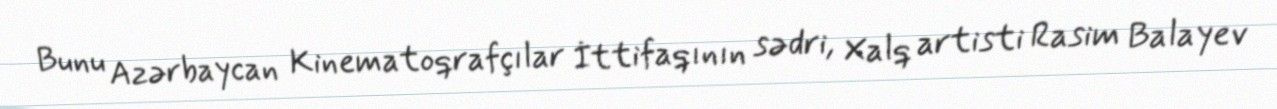
Bunu Azərbaycan Kinematoqrafçılar İttifaqının sədri, Xalq artisti Rasim Balayev